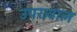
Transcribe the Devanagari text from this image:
उपख्याल